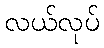
လယ်လုပ်